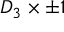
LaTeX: D _ { 3 } \times \pm 1